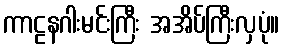
ကာဠနဂါးမင်းကြီး အအိပ်ကြီးလှပုံ။